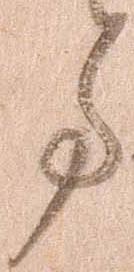
事